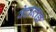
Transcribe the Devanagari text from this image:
वेदान्तज्ञ